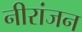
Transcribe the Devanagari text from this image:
नीरांजन